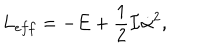
L _ { e f f } = - E + \frac { 1 } { 2 } { \cal I } \dot { \alpha } ^ { 2 } ,